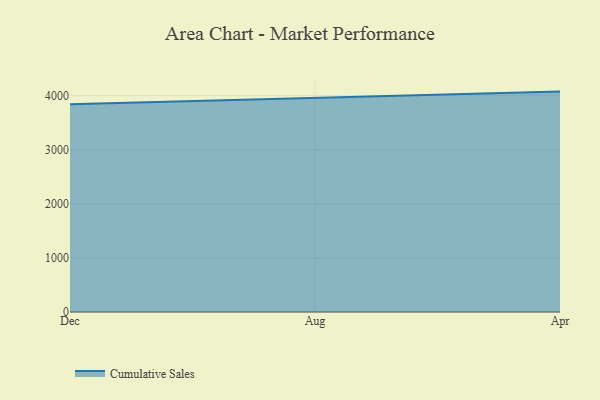
{"axis": {"x": "Month", "y": "Demand Index"}, "legend": ["Cumulative Sales"], "data": [{"x": "Dec", "y": 3842.2, "type": "Cumulative Sales"}, {"x": "Aug", "y": 3961.9, "type": "Cumulative Sales"}, {"x": "Apr", "y": 4074.2, "type": "Cumulative Sales"}]}